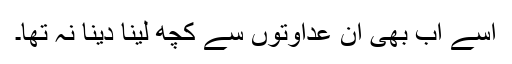
اسے اب بھی ان عداوتوں سے کچھ لینا دینا نہ تھا۔